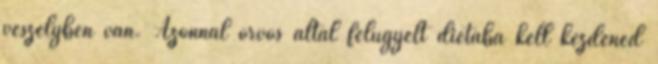
veszélyben van. Azonnal orvos által felügyelt diétába kell kezdened